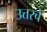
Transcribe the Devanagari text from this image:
उत्तरचे